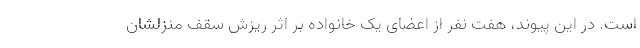
است. در این پیوند، هفت نفر از اعضای یک خانواده بر اثر ریزش سقف منزلشان